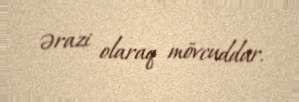
ərazi olaraq mövcuddur.